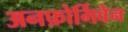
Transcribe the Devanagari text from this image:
अनफ़ोर्गिवेन